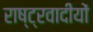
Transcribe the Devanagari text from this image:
राष्ट्रवादीयों